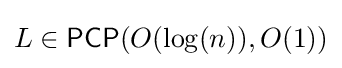
L\in {\mathsf {PCP}}(O(\log(n)),O(1))